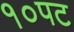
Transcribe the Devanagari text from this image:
१०पट